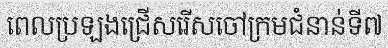
ពេលប្រឡងជ្រើសរើសចៅក្រមជំនាន់ទី៧